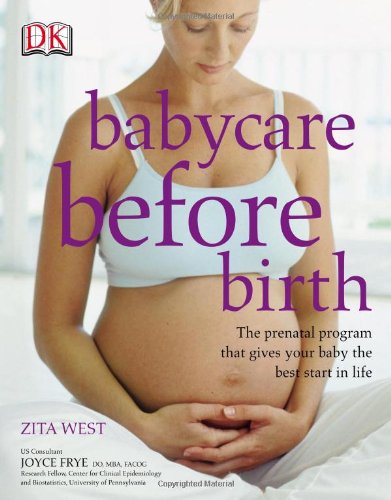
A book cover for Babycare Before Birth; Zita West; Medical Books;